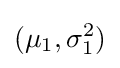
(\mu _{1},\sigma _{1}^{2})